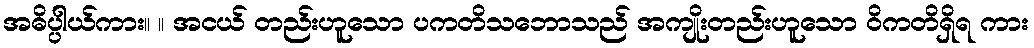
အဓိပ္ပါယ်ကား။ ။ အငယ် တည်းဟူသော ပကတိသဘောသည် အကျိုးတည်းဟူသော ဝိကတိရှိရ ကား